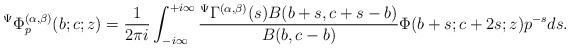
LaTeX: \begin{align*}{}^{\Psi}\Phi_{p}^{(\alpha,\beta)}(b;c;z)=\frac{1}{2\pi i}\int_{-i\infty}^{+i\infty}\frac{{}^{\Psi}\Gamma^{(\alpha,\beta)}(s)B(b+s,c+s-b)}{B(b,c-b)}\Phi(b+s;c+2s;z)p^{-s}ds.\end{align*}